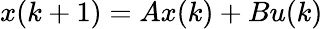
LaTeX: x(k+1)=Ax(k)+Bu(k)